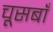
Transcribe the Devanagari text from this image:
चूसबाँ